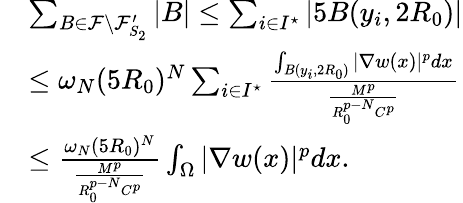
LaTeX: \begin{array}{rl}&{\sum_{B\in\mathcal{F}\setminus\mathcal{F}_{S_{2}}^{\prime}}|B|\le\sum_{i\in I^{\star}}|5B(y_{i},2R_{0})|}\\ &{\le\omega_{N}(5R_{0})^{N}\sum_{i\in I^{\star}}\frac{\int_{B(y_{i},2R_{0})}|\nabla w(x)|^{p}dx}{\frac{M^{p}}{R_{0}^{p-N}C^{p}}}}\\ &{\le\frac{\omega_{N}(5R_{0})^{N}}{\frac{M^{p}}{R_{0}^{p-N}C^{p}}}\int_{\Omega}|\nabla w(x)|^{p}dx.}\end{array}